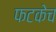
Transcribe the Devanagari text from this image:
फटकेच